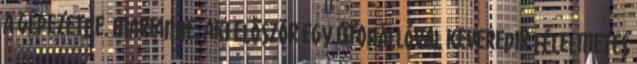
a gépezetbe. Marianne, aki először egy útonállóval keveredik félelmetes